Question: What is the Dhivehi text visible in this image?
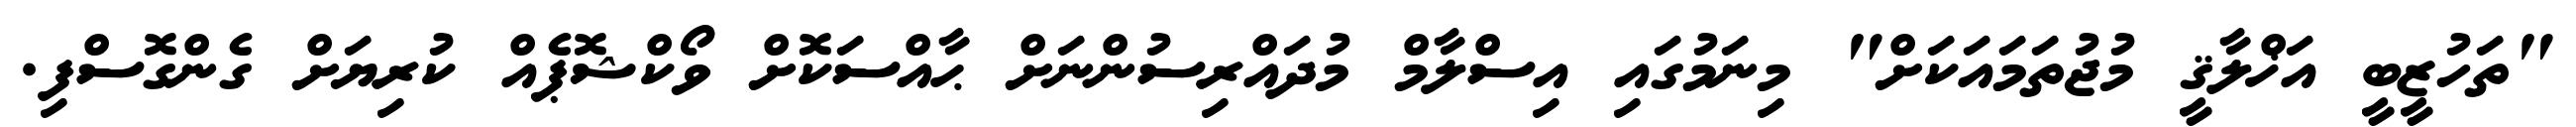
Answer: "ތަހުޒީބީ އަޚްލާޤީ މުޖުތަމައަކަށް" މިނަމުގައި އިސްލާމް މުދައްރިސުންނަށް ޙާއްސަކޮށް ވޯކްޝޮޕެއް ކުރިޔަށް ގެންގޮސްފި.